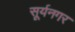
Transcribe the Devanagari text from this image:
सूर्यनगर